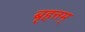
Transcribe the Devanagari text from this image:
बृहत्तम्